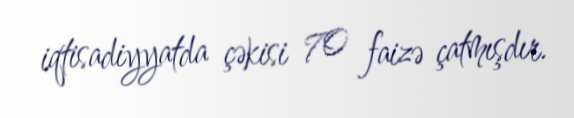
iqtisadiyyatda çəkisi 70 faizə çatmışdır.